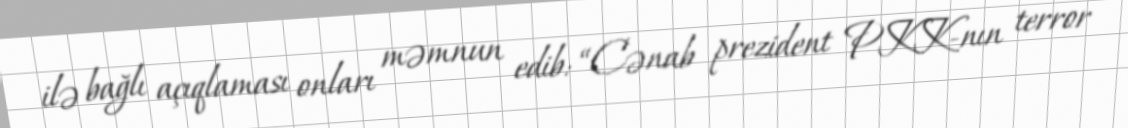
ilə bağlı açıqlaması onları məmnun edib: “Cənab prezident PKK-nın terror